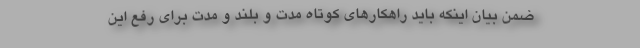
ضمن بیان اینکه باید راهکارهای کوتاه مدت و بلند و مدت برای رفع این